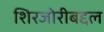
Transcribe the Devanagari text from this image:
शिरजोरीबद्दल